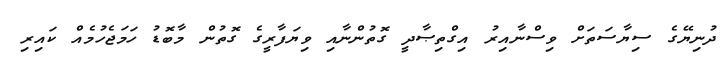
ދުނިޔޭގެ ސިޔާސަތަށް ވިސްނާއިރު އިގްތިޞާދީ ގޮތުންނާއި ވިޔަފާރީގެ ގޮތުން މާބޮޑު ހަމަޖެހުމެއް ކައިރި